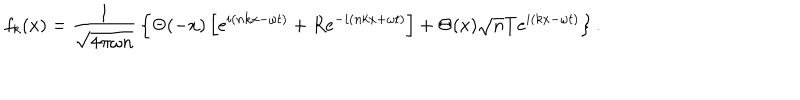
LaTeX: f _ { k } ( x ) = { \frac { 1 } { \sqrt { 4 \pi \omega n } } } \left\{ \Theta ( - x ) \left[ e ^ { i ( n k x - \omega t ) } + R e ^ { - i ( n k x + \omega t ) } \right] + \Theta ( x ) \sqrt { n } T e ^ { i ( k x - \omega t ) } \right\} .